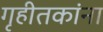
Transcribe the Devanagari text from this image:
गृहीतकांना